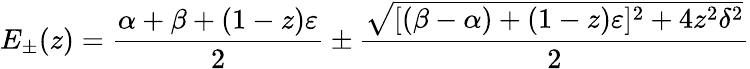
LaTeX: E_{\pm}(z)=\frac{\alpha+\beta+(1-z)\varepsilon}{2}\pm\frac{\sqrt{[(\beta-\alpha)+(1-z)\varepsilon]^{2}+4z^{2}\delta^{2}}}{2}